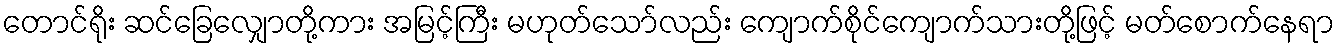
တောင်ရိုး ဆင်ခြေလျှောတို့ကား အမြင့်ကြီး မဟုတ်သော်လည်း ကျောက်စိုင်ကျောက်သားတို့ဖြင့် မတ်စောက်နေရာ